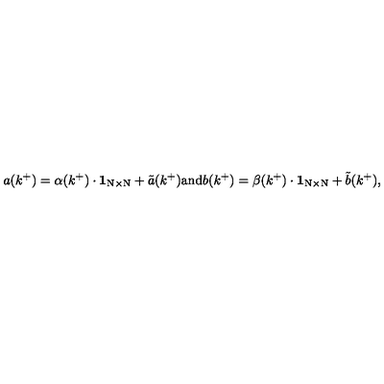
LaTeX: a ( k ^ { + } ) = \alpha ( k ^ { + } ) \cdot \mathrm { { \bf 1 } _ { N \times N } } + { \tilde { a } } ( k ^ { + } ) \mathrm { a n d } b ( k ^ { + } ) = \beta ( k ^ { + } ) \cdot \mathrm { { \bf 1 } _ { N \times N } } + { \tilde { b } } ( k ^ { + } ) ,